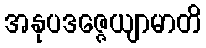
အနုပဒဇ္ဇေယျာမာတိ